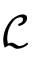
\mathcal { L }